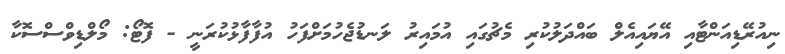
ނިއުރޭޑިއަންޓާއި އޭޔައިއެލް ބައްދަލުކުރި މެޗުގައި އުމައިރު ލަނޑުޖެހުމަށްފަހު އުފާފާޅުކުރަނީ - ފޮޓޯ: މޯލްޑިވްސްސޮކާ